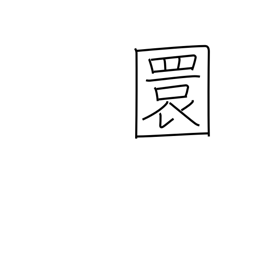
Meaning: round